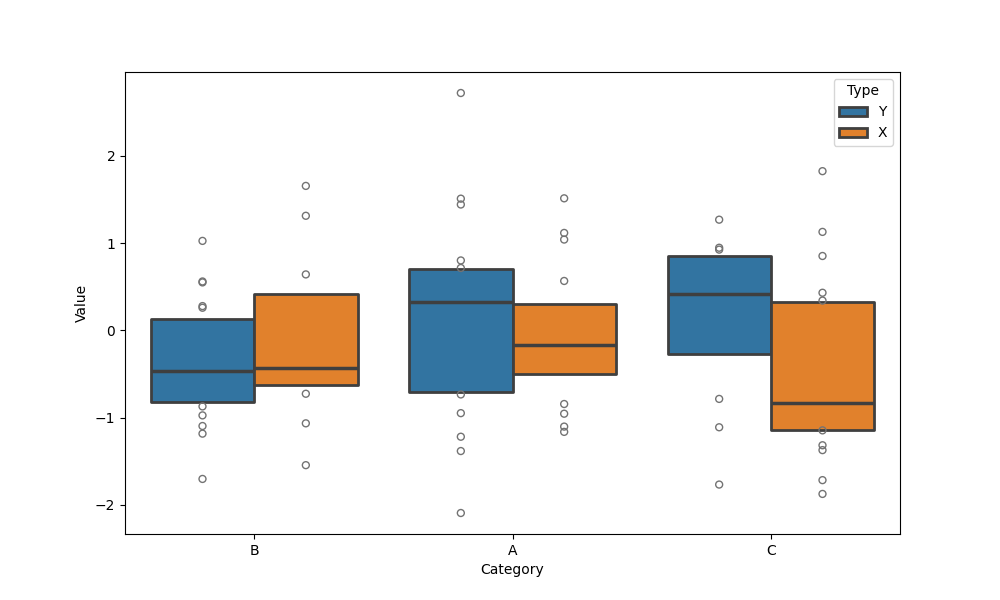
python, seaborn, boxenplot, k_depth='tukey', linewidth=2, scale='exponential', outlier_prop=0.1, showfliers=True